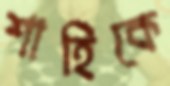
শাহিকে